Madras plague regulations in force outside the Presidency town - Volume 2
Disease focus: Plague
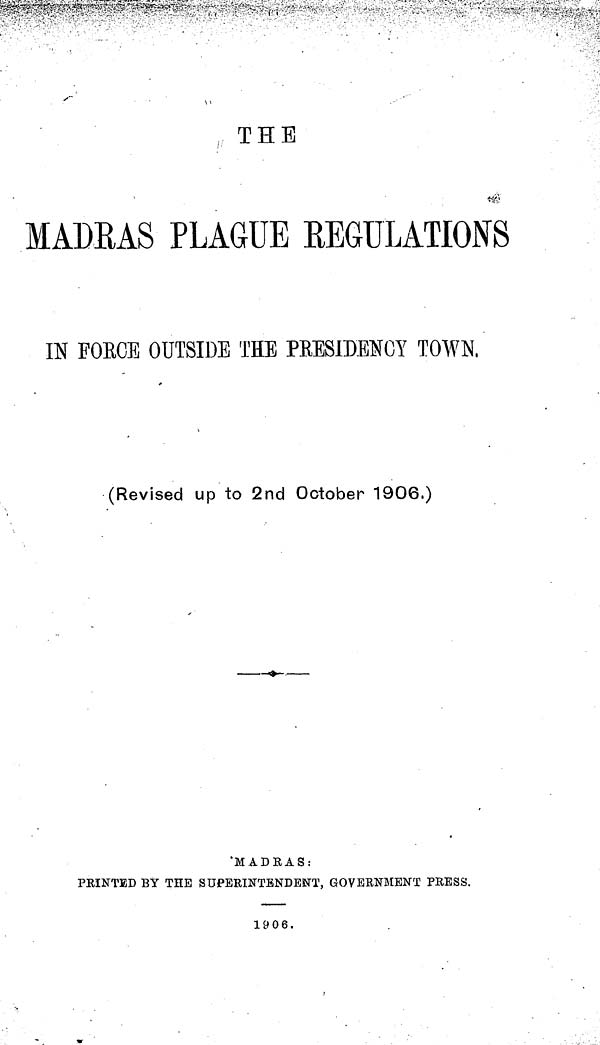
THE
MADRAS PLAGUE REGULATIONS
IN FOECE OUTSIDE THE PRESIDENCY TOWN,
(Revised up to 2nd October 1906.)
MADRAS:
PRINTED BY THE SUPERINTENDENT, GOVERNMENT PRESS.
1906.